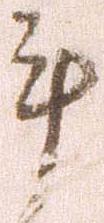
手